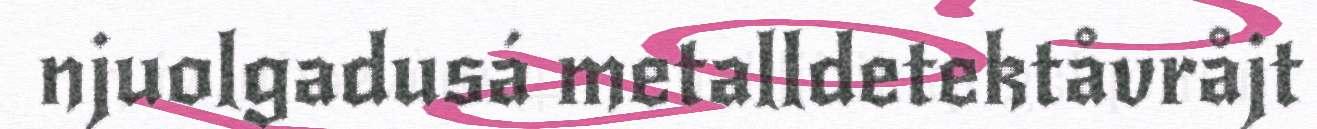
njuolgadusá metalldetektåvråjt